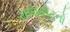
રાજકોટનો